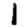
Digit: 1